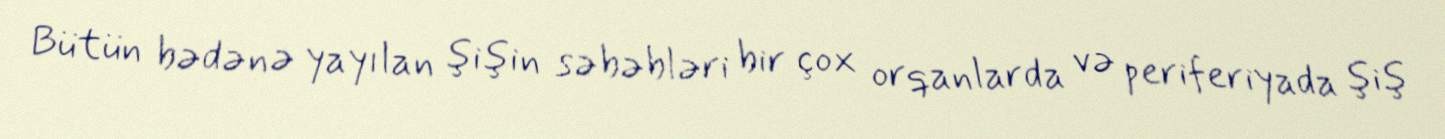
Bütün bədənə yayılan şişin səbəbləri bir çox orqanlarda və periferiyada şiş